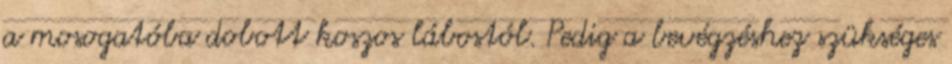
a mosogatóba dobott koszos lábostól. Pedig a bevégzéshez szükséges